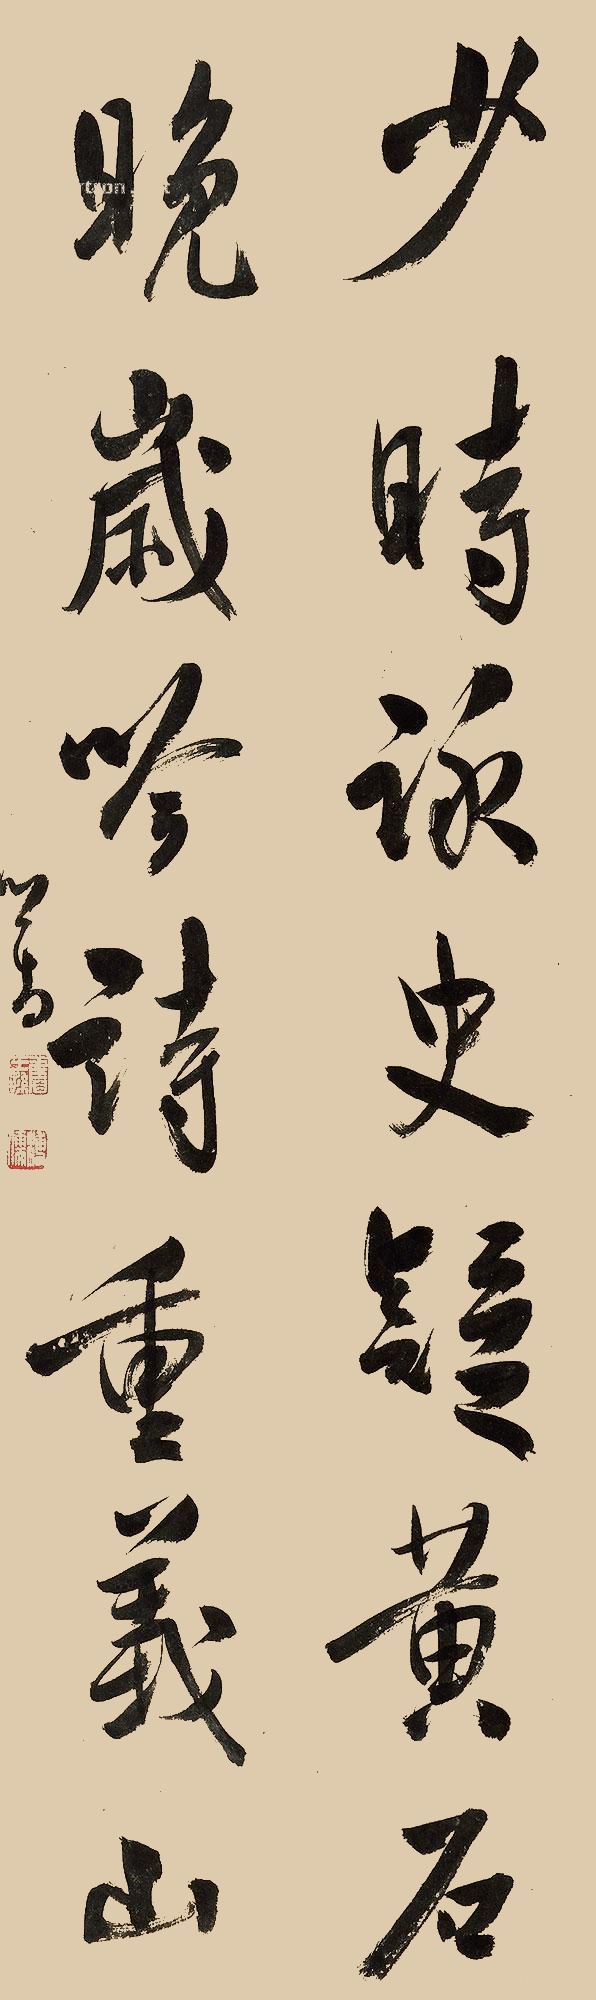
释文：少时咏史疑黄石，晚岁吟诗重义山。心畬。